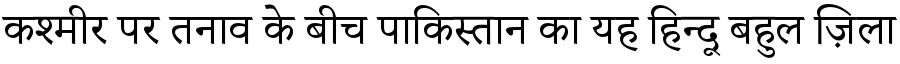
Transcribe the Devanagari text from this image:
कश्मीर पर तनाव के बीच पाकिस्तान का यह हिन्दू बहुल ज़िला